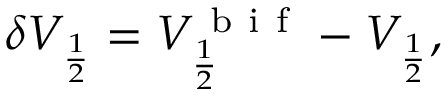
\begin{array} { r } { \delta V _ { \frac { 1 } { 2 } } = V _ { \frac { 1 } { 2 } } ^ { \mathrm { ~ b ~ i ~ f ~ } } - V _ { \frac { 1 } { 2 } } , } \end{array}